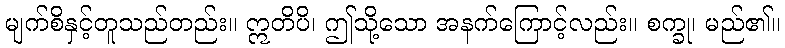
မျက်စိနှင့်တူသည်တည်း။ ဣတိပိ၊ ဤသို့သော အနက်ကြောင့်လည်း။ စက္ခု၊ မည်၏။